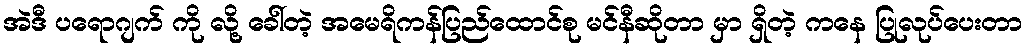
အဲဒီ ပရောဂျက် ကို လို့ ခေါ်တဲ့ အမေရိကန်ပြည်ထောင်စု မင်နီဆိုတာ မှာ ရှိတဲ့ ကနေ ပြုလုပ်ပေးတာ